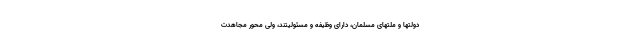
دولتها و ملّتهای مسلمان، دارای وظیفه و مسئولیّتند، ولی محور مجاهدت